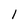
Character: l